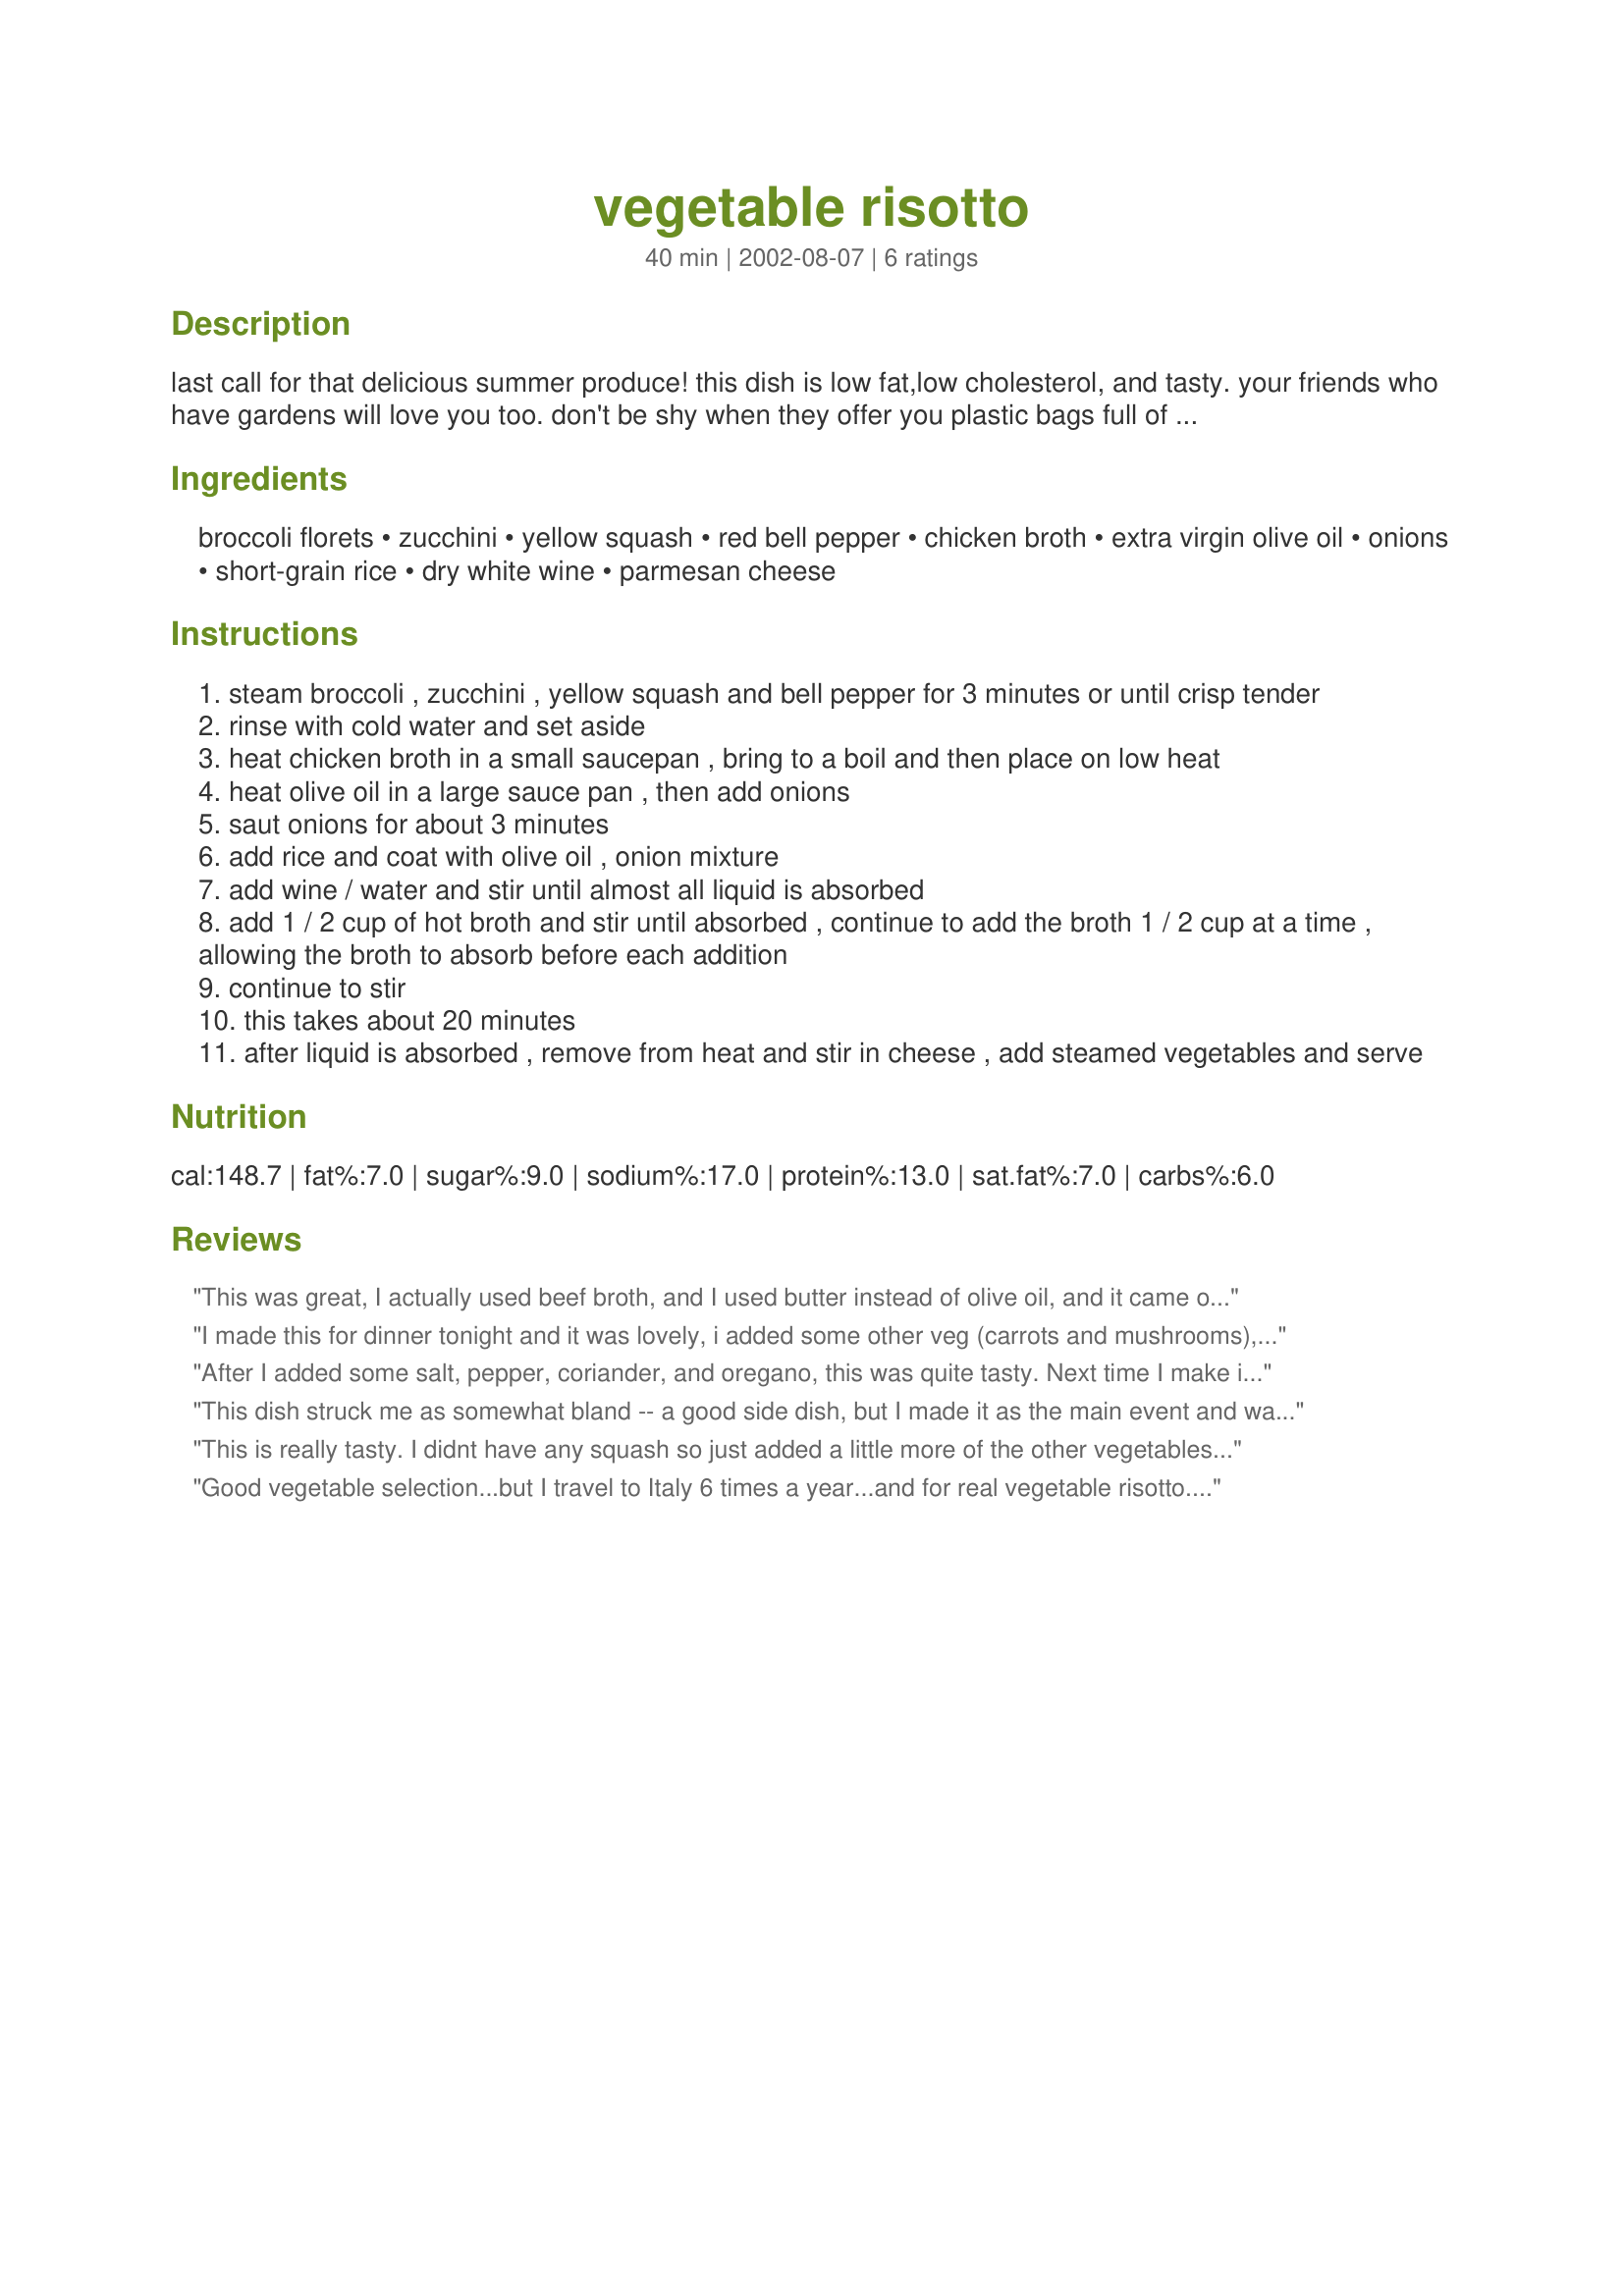
vegetable risotto
Preparation time: 40 minutes

last call for that delicious summer produce! this dish is low fat,low cholesterol, and tasty. your friends who have gardens will love you too. don't be shy when they offer you plastic bags full of zucchini and squash, now you have a recipe for them.

Ingredients:
broccoli florets, zucchini, yellow squash, red bell pepper, chicken broth, extra virgin olive oil, onions, short-grain rice, dry white wine, parmesan cheese

Steps:
steam broccoli , zucchini , yellow squash and bell pepper for 3 minutes or until crisp tender
rinse with cold water and set aside
heat chicken broth in a small saucepan , bring to a boil and then place on low heat
heat olive oil in a large sauce pan , then add onions
saut onions for about 3 minutes
add rice and coat with olive oil , onion mixture
add wine / water and stir until almost all liquid is absorbed
add 1 / 2 cup of hot broth and stir until absorbed , continue to add the broth 1 / 2 cup at a time , allowing the broth to absorb before each addition
continue to stir
this takes about 20 minutes
after liquid is absorbed , remove from heat and stir in cheese , add steamed vegetables and serve

Reviews:
This was great, I actually used beef broth, and I used butter instead of olive oil, and it came out really good!
I made this for dinner tonight and it was lovely, i added some other veg (carrots and mushrooms), also added more rice and more liquid, it was very yummy and will make it again!! Thank you!
After I added some salt, pepper, coriander, and oregano, this was quite tasty. Next time I make it, though, I will use more rice (1-1.25 cups) and of course more broth and water to make up for that. As it is, the ratio of veggies to rice is too high to the veggies for me. The parmasan cheese is a nice touch, and I really like that the veggies are still a bit crispy and have some nutrition.
This dish struck me as somewhat bland -- a good side dish, but I made it as the main event and wasn't entirely satisfied. It should serve as a robust side dish, however, especially with a strong-flavored meat entrÃ©e.
This is really tasty.
I didnt have any squash so just added a little more of the other vegetables and some green bell pepper too.
Its very creamy and the colours are terrific.
We'll have this a lot.
Thanks for posting.
Good vegetable selection...but I travel to Italy 6 times a year...and for real vegetable risotto...you need to substitute olive oil for butter. The rice..you need to use Aborio rice..otherwise you cannot call this dish risotto. My family is from Italy..and I have traveled there since I was two, ( 43 now ).
